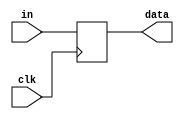
module stackPointer #(parameter N=32) (in, clk, data);
  input  clk; 
  input  [N-1:0] in;
  output reg [N-1:0] data;

  initial begin
    data <= 2047;
  end

  always @ (posedge clk) begin
        data <= in;
  end


endmodule